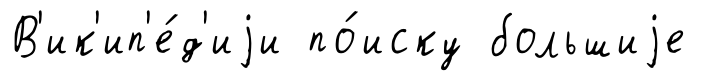
В'ик'ип'е́д'иjи по́иску большиjе